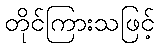
တိုင်ကြားသဖြင့်